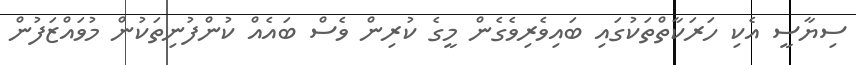
ސިޔާސީ އެކި ހަރަކާތްތަކުގައި ބައިވެރިވެގެން މީގެ ކުރިން ވެސް ބައެއް ކުންފުނިތަކުން މުވައްޒަފުން